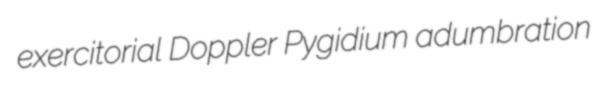
exercitorial Doppler Pygidium adumbration